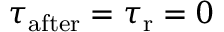
\tau _ { \mathrm { a f t e r } } = \tau _ { \mathrm { r } } = 0